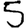
Digit: 5